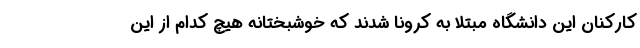
کارکنان این دانشگاه مبتلا به کرونا شدند که خوشبختانه هیچ کدام از این